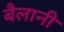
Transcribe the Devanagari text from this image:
बैलानी